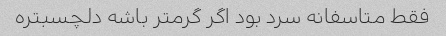
فقط متاسفانه سرد بود اگر گرمتر باشه دلچسبتره